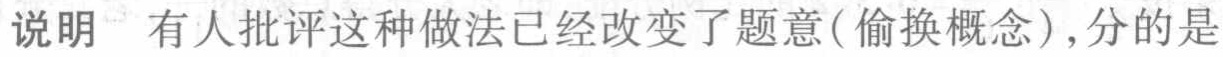
说明 有人批评这种做法已经改变了题意(偷换概念),分的是